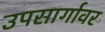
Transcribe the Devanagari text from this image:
उपसार्गावर